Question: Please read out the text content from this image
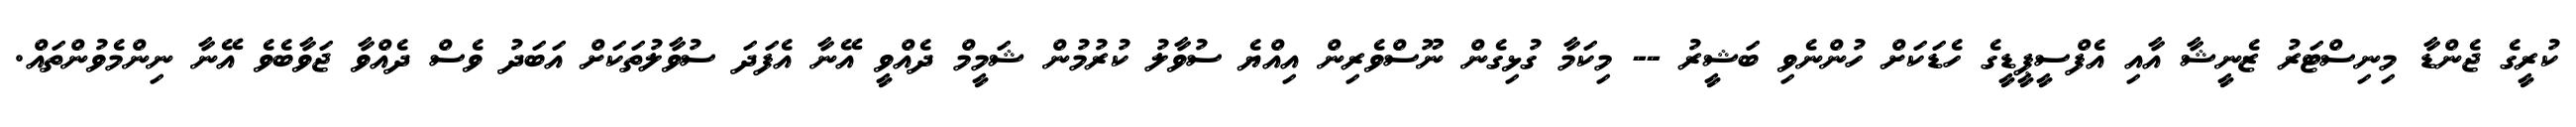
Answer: ކުރީގެ ޖެންޑާ މިނިސްޓަރު ޒެނީޝާ އާއި އެފްސީޕީޑީގެ ހެޑަކަށް ހުންނެވި ބަޝީރު -- މިކަމާ ގުޅިގެން ނޫސްވެރިން އިއްޔެ ސުވާލު ކުރުމުން ޝަމީމް ދެއްވީ އޭނާ އެފަދަ ސުވާލުތަކަށް އަބަދު ވެސް ދެއްވާ ޖަވާބެވެ އޭނާ ނިންމެވުންތައް.